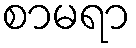
စာမရာ